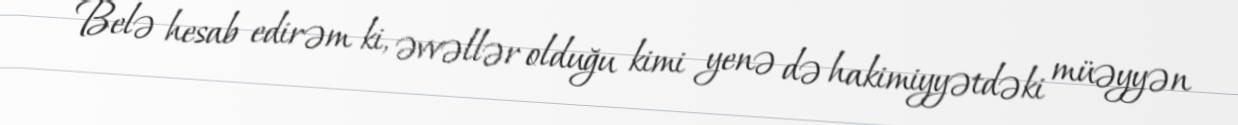
Belə hesab edirəm ki, əvvəllər olduğu kimi yenə də hakimiyyətdəki müəyyən